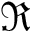
\Re